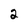
Character: 2